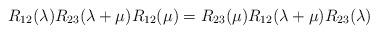
LaTeX: \begin{align*}R_{12}(\lambda )R_{23}(\lambda +\mu )R_{12}(\mu )=R_{23}(\mu )R_{12}(\lambda+\mu )R_{23}(\lambda ) \end{align*}